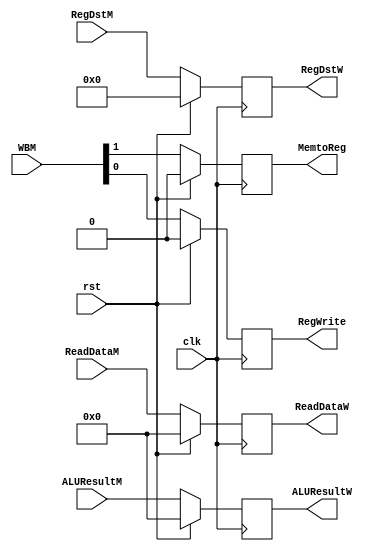
`timescale 1ns / 1ps
//////////////////////////////////////////////////////////////////////////////////
// Company: 
// Engineer: 
// 
// Design Name: 
// Module Name: MtoW
// Project Name: 
// Target Devices: 
// Tool Versions: 
// Description: 
// 
// Dependencies: 
// 
// Revision:
// Revision 0.01 - File Created
// Additional Comments:
// 
//////////////////////////////////////////////////////////////////////////////////


module MtoW(clk, rst, WBM, ReadDataM, ALUResultM, RegDstM,
            RegWrite, MemtoReg, ReadDataW, ALUResultW, RegDstW);
            
    input [31:0] ReadDataM, ALUResultM;
    input [4:0] RegDstM;
    input [1:0] WBM;
    input clk, rst;
    
    output reg [31:0] ReadDataW, ALUResultW;
    output reg [4:0] RegDstW;
    output reg RegWrite, MemtoReg; 
    
    always @ (posedge clk) begin
        if(rst) begin
            RegWrite <=0;
            MemtoReg <=0;
            ReadDataW <=0;
            ALUResultW <=0;
            RegDstW <=0;
         end
         else begin
            RegWrite <= WBM[0];
            MemtoReg <=WBM[1];
            ReadDataW <= ReadDataM;
            ALUResultW <=ALUResultM;
            RegDstW <= RegDstM;
         end
     end
           
endmodule